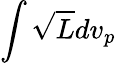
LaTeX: \int\sqrt{L}dv_{p}